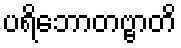
ပရိဘောတဗ္ဗာတိ